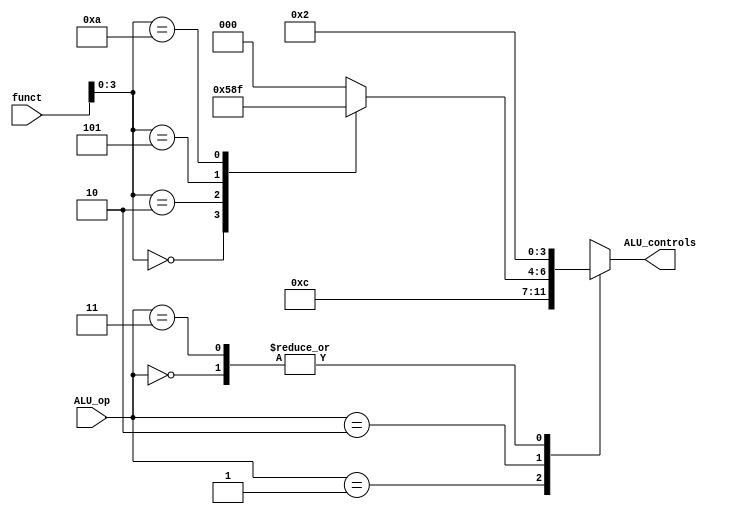
module ALU_control(funct,ALU_op,ALU_controls);
    input wire [5:0] funct;
    input wire [1:0] ALU_op;
    output reg [3:0] ALU_controls;

    reg [3:0] temp;
    //function codes are set according to the official MIPS inst set
    always @(*) begin
		case(funct[3:0])
			4'd0:  
				temp = 4'd2;	 		//* ADDITION
			4'd2: 
			 	temp = 4'd6;	 		//* SUBSTRACTION
			4'd5:  
				temp = 4'd1;	 		//* OR
			4'd10: 
				temp = 4'd7;	 		//* SLT
			default: 
				temp = 4'd0;			//* AND
		endcase

        case(ALU_op)
			2'd00: 
				ALU_controls = 4'd2;	//* ADDITION
			2'd1: 
				ALU_controls = 4'd6;	//* SUBSTRACTION
			2'd2: 
				ALU_controls = temp;	//* DEFAULT based on previous switch case 
			2'd3: 
				ALU_controls = 4'd2;	//* ADD
			default: 
				ALU_controls = 0;
		endcase
	end
endmodule